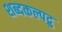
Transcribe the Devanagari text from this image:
शब्दकल्पद्रु